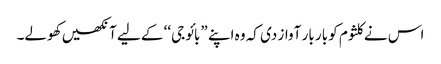
اس نے کلثوم کو بار بار آواز دی کہ وہ اپنے ”بائو جی‘‘ کے لیے آنکھیں کھولے۔